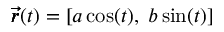
\pmb { \vec { r } } ( t ) = [ a \cos ( t ) , \; b \sin ( t ) ]